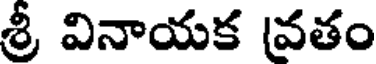
శ్రీ వినాయక వతం